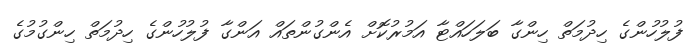
ފުލުހުންގެ ހިދުމަތް ހިންގާ ބަލަހައްޓާ އަމުރުކޮށް އެންގުންތައް އަންގާ ފުލުހުންގެ ހިދުމަތް ހިންގުމުގެ